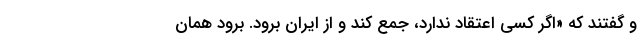
و گفتند که «اگر کسی اعتقاد ندارد، جمع کند و از ایران برود. برود همان